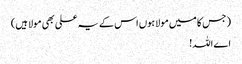
(جس کا میں مولا ہوں اس کے یہ علی بھی مولا ہیں)
اے اللہ!